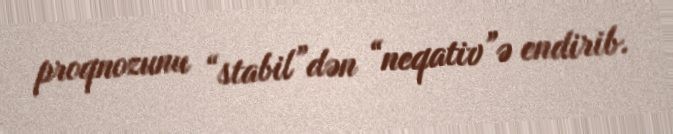
proqnozunu “stabil”dən “neqativ”ə endirib.